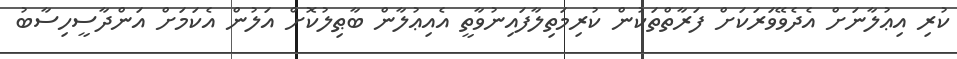
ކުރި އިޢުލާނަށް އެދެވޭވަރަކަށް ފަރާތްތަކުން ކުރިމަތިލާފައިނުވާތީ އެއިޢުލާން ބާޠިލުކޮށް އަލުން އެކަމަށް އަންދާސީހިސާބު